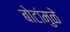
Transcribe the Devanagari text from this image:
बोटांमुळे